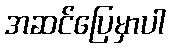
အဆင်ပြေမှာပါ